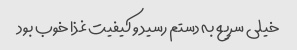
خیلی سریع به دستم رسید و کیفیت غذا خوب بود